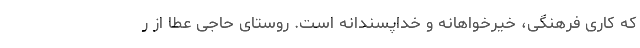
که کاری فرهنگی، خیرخواهانه و خداپسندانه است. روستای حاجی عطا از ر